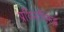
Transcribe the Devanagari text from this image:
प्रथिनांविरुद्ध